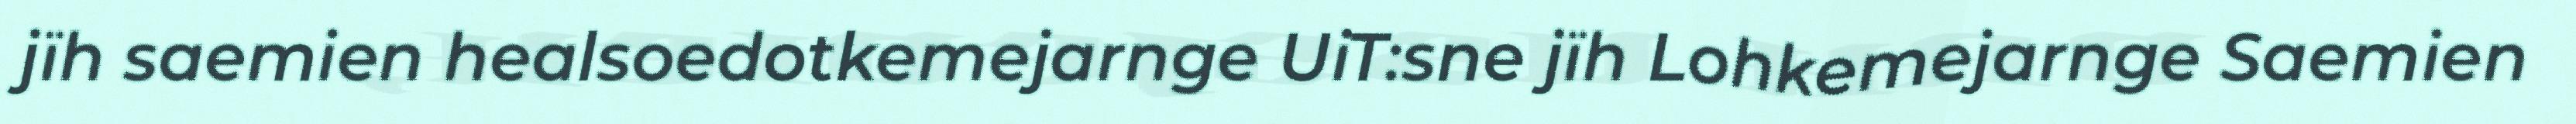
jïh saemien healsoedotkemejarnge UiT:sne jïh Lohkemejarnge Saemien